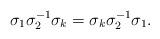
LaTeX: \begin{align*}\sigma_1 \sigma_2^{-1} \sigma_k = \sigma_k \sigma_2^{-1} \sigma_1.\end{align*}